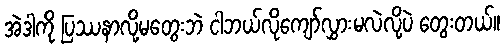
အဲဒါကို ပြဿနာလို့မတွေးဘဲ ငါဘယ်လိုကျော်လွှားမလဲလို့ပဲ တွေးတယ်။